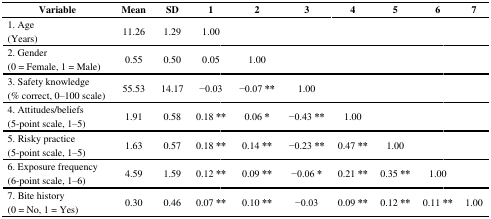
<table><thead><tr><td><b>Variable</b></td><td><b>Mean</b></td><td><b>SD</b></td><td><b>1</b></td><td><b>2</b></td><td><b>3</b></td><td><b>4</b></td><td><b>5</b></td><td><b>6</b></td><td><b>7</b></td></tr></thead><tbody><tr><td>1. Age</td><td rowspan="2">11.26</td><td rowspan="2">1.29</td><td rowspan="2">1.00</td><td rowspan="2"></td><td rowspan="2"></td><td rowspan="2"></td><td rowspan="2"></td><td rowspan="2"></td><td rowspan="2"></td></tr><tr><td>(Years)</td></tr><tr><td>2. Gender</td><td rowspan="2">0.55</td><td rowspan="2">0.50</td><td rowspan="2">0.05</td><td rowspan="2">1.00</td><td rowspan="2"></td><td rowspan="2"></td><td rowspan="2"></td><td rowspan="2"></td><td rowspan="2"></td></tr><tr><td>(0 = Female, 1 = Male)</td></tr><tr><td>3. Safety knowledge</td><td rowspan="2">55.53</td><td rowspan="2">14.17</td><td rowspan="2">−0.03</td><td rowspan="2">−0.07 **</td><td rowspan="2">1.00</td><td rowspan="2"></td><td rowspan="2"></td><td rowspan="2"></td><td rowspan="2"></td></tr><tr><td>(% correct, 0–100 scale)</td></tr><tr><td>4. Attitudes/beliefs</td><td rowspan="2">1.91</td><td rowspan="2">0.58</td><td rowspan="2">0.18 **</td><td rowspan="2">0.06 *</td><td rowspan="2">−0.43 **</td><td rowspan="2">1.00</td><td rowspan="2"></td><td rowspan="2"></td><td rowspan="2"></td></tr><tr><td>(5-point scale, 1–5)</td></tr><tr><td>5. Risky practice </td><td rowspan="2">1.63</td><td rowspan="2">0.57</td><td rowspan="2">0.18 **</td><td rowspan="2">0.14 **</td><td rowspan="2">−0.23 **</td><td rowspan="2">0.47 **</td><td rowspan="2">1.00</td><td rowspan="2"></td><td rowspan="2"></td></tr><tr><td>(5-point scale, 1–5)</td></tr><tr><td>6. Exposure frequency</td><td rowspan="2">4.59</td><td rowspan="2">1.59</td><td rowspan="2">0.12 **</td><td rowspan="2">0.09 **</td><td rowspan="2">−0.06 *</td><td rowspan="2">0.21 **</td><td rowspan="2">0.35 **</td><td rowspan="2">1.00</td><td rowspan="2"></td></tr><tr><td>(6-point scale, 1–6)</td></tr><tr><td>7. Bite history</td><td rowspan="2">0.30</td><td rowspan="2">0.46</td><td rowspan="2">0.07 **</td><td rowspan="2">0.10 **</td><td rowspan="2">−0.03</td><td rowspan="2">0.09 **</td><td rowspan="2">0.12 **</td><td rowspan="2">0.11 **</td><td rowspan="2">1.00</td></tr><tr><td>(0 = No, 1 = Yes)</td></tr></tbody></table>